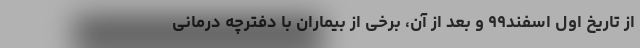
از تاریخ اول اسفند۹۹ و بعد از آن، برخی از بیماران با دفترچه درمانی